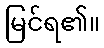
မြင်ရ၏။